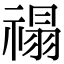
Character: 禢